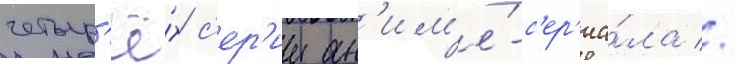
четыр'ё́х с'ер'ии ан'им'е́-с'ер'иа́ла //